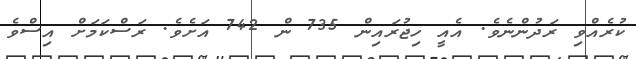
ކުރެއްވި ރަދުންނެވެ. އެއީ ހިޖުރައިން 735 ން 742 އަށެވެ. ރަސްކަމަށް އިސްވެ